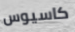
كاسيوس